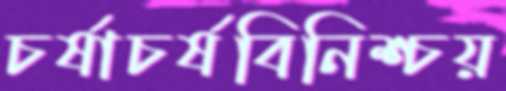
চর্ষাচর্ষবিনিশ্চয়